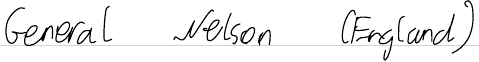
General Nelson (England)